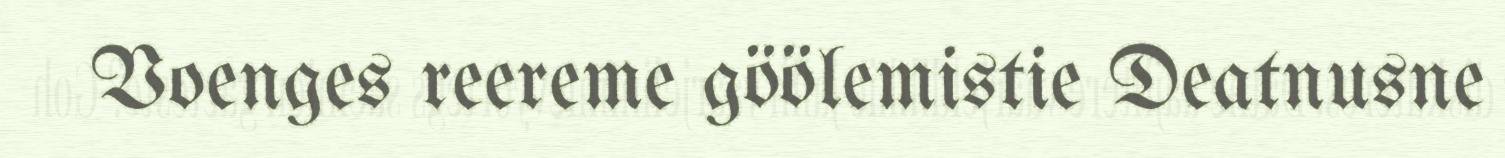
Voenges reereme göölemistie Deatnusne